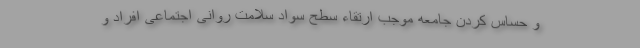
و حساس کردن جامعه موجب ارتقاء سطح سواد سلامت روانی اجتماعی افراد و